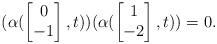
LaTeX: \begin{align*}(\alpha(\begin{bmatrix}0\\-1\end{bmatrix},t))(\alpha(\begin{bmatrix}1\\-2\end{bmatrix},t))=0.\end{align*}